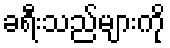
ခရီးသည်များကို